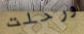
ورحلت